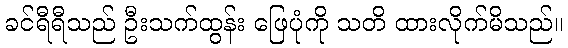
ခင်ရီရီသည် ဦးသက်ထွန်း ဖြေပုံကို သတိ ထားလိုက်မိသည်။